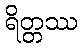
ရိတ္တဿ